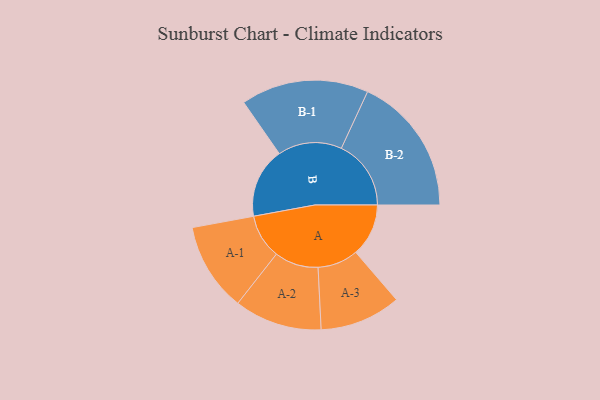
{"axis": {"x": "Segment", "y": "Value"}, "legend": ["", "A", "B"], "data": [{"x": "A", "y": 208, "type": ""}, {"x": "B", "y": 277, "type": ""}, {"x": "A-1", "y": 175, "type": "A"}, {"x": "A-2", "y": 173, "type": "A"}, {"x": "A-3", "y": 160, "type": "A"}, {"x": "B-1", "y": 252, "type": "B"}, {"x": "B-2", "y": 275, "type": "B"}]}